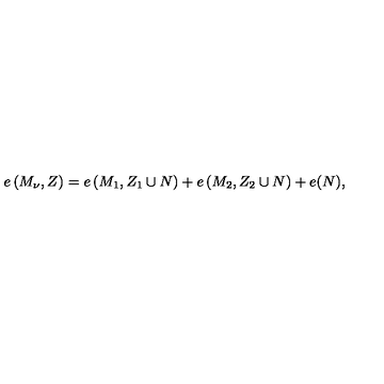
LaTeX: e \left( M _ { \nu } , Z \right) = e \left( M _ { 1 } , Z _ { 1 } \cup N \right) + e \left( M _ { 2 } , Z _ { 2 } \cup N \right) + e ( N ) ,